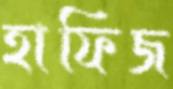
হাফিজ